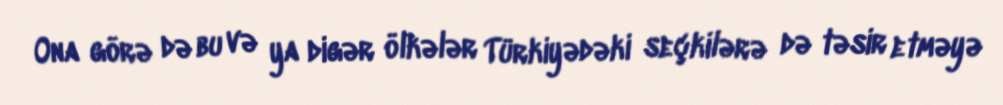
Ona görə də bu və ya digər ölkələr Türkiyədəki seçkilərə də təsir etməyə